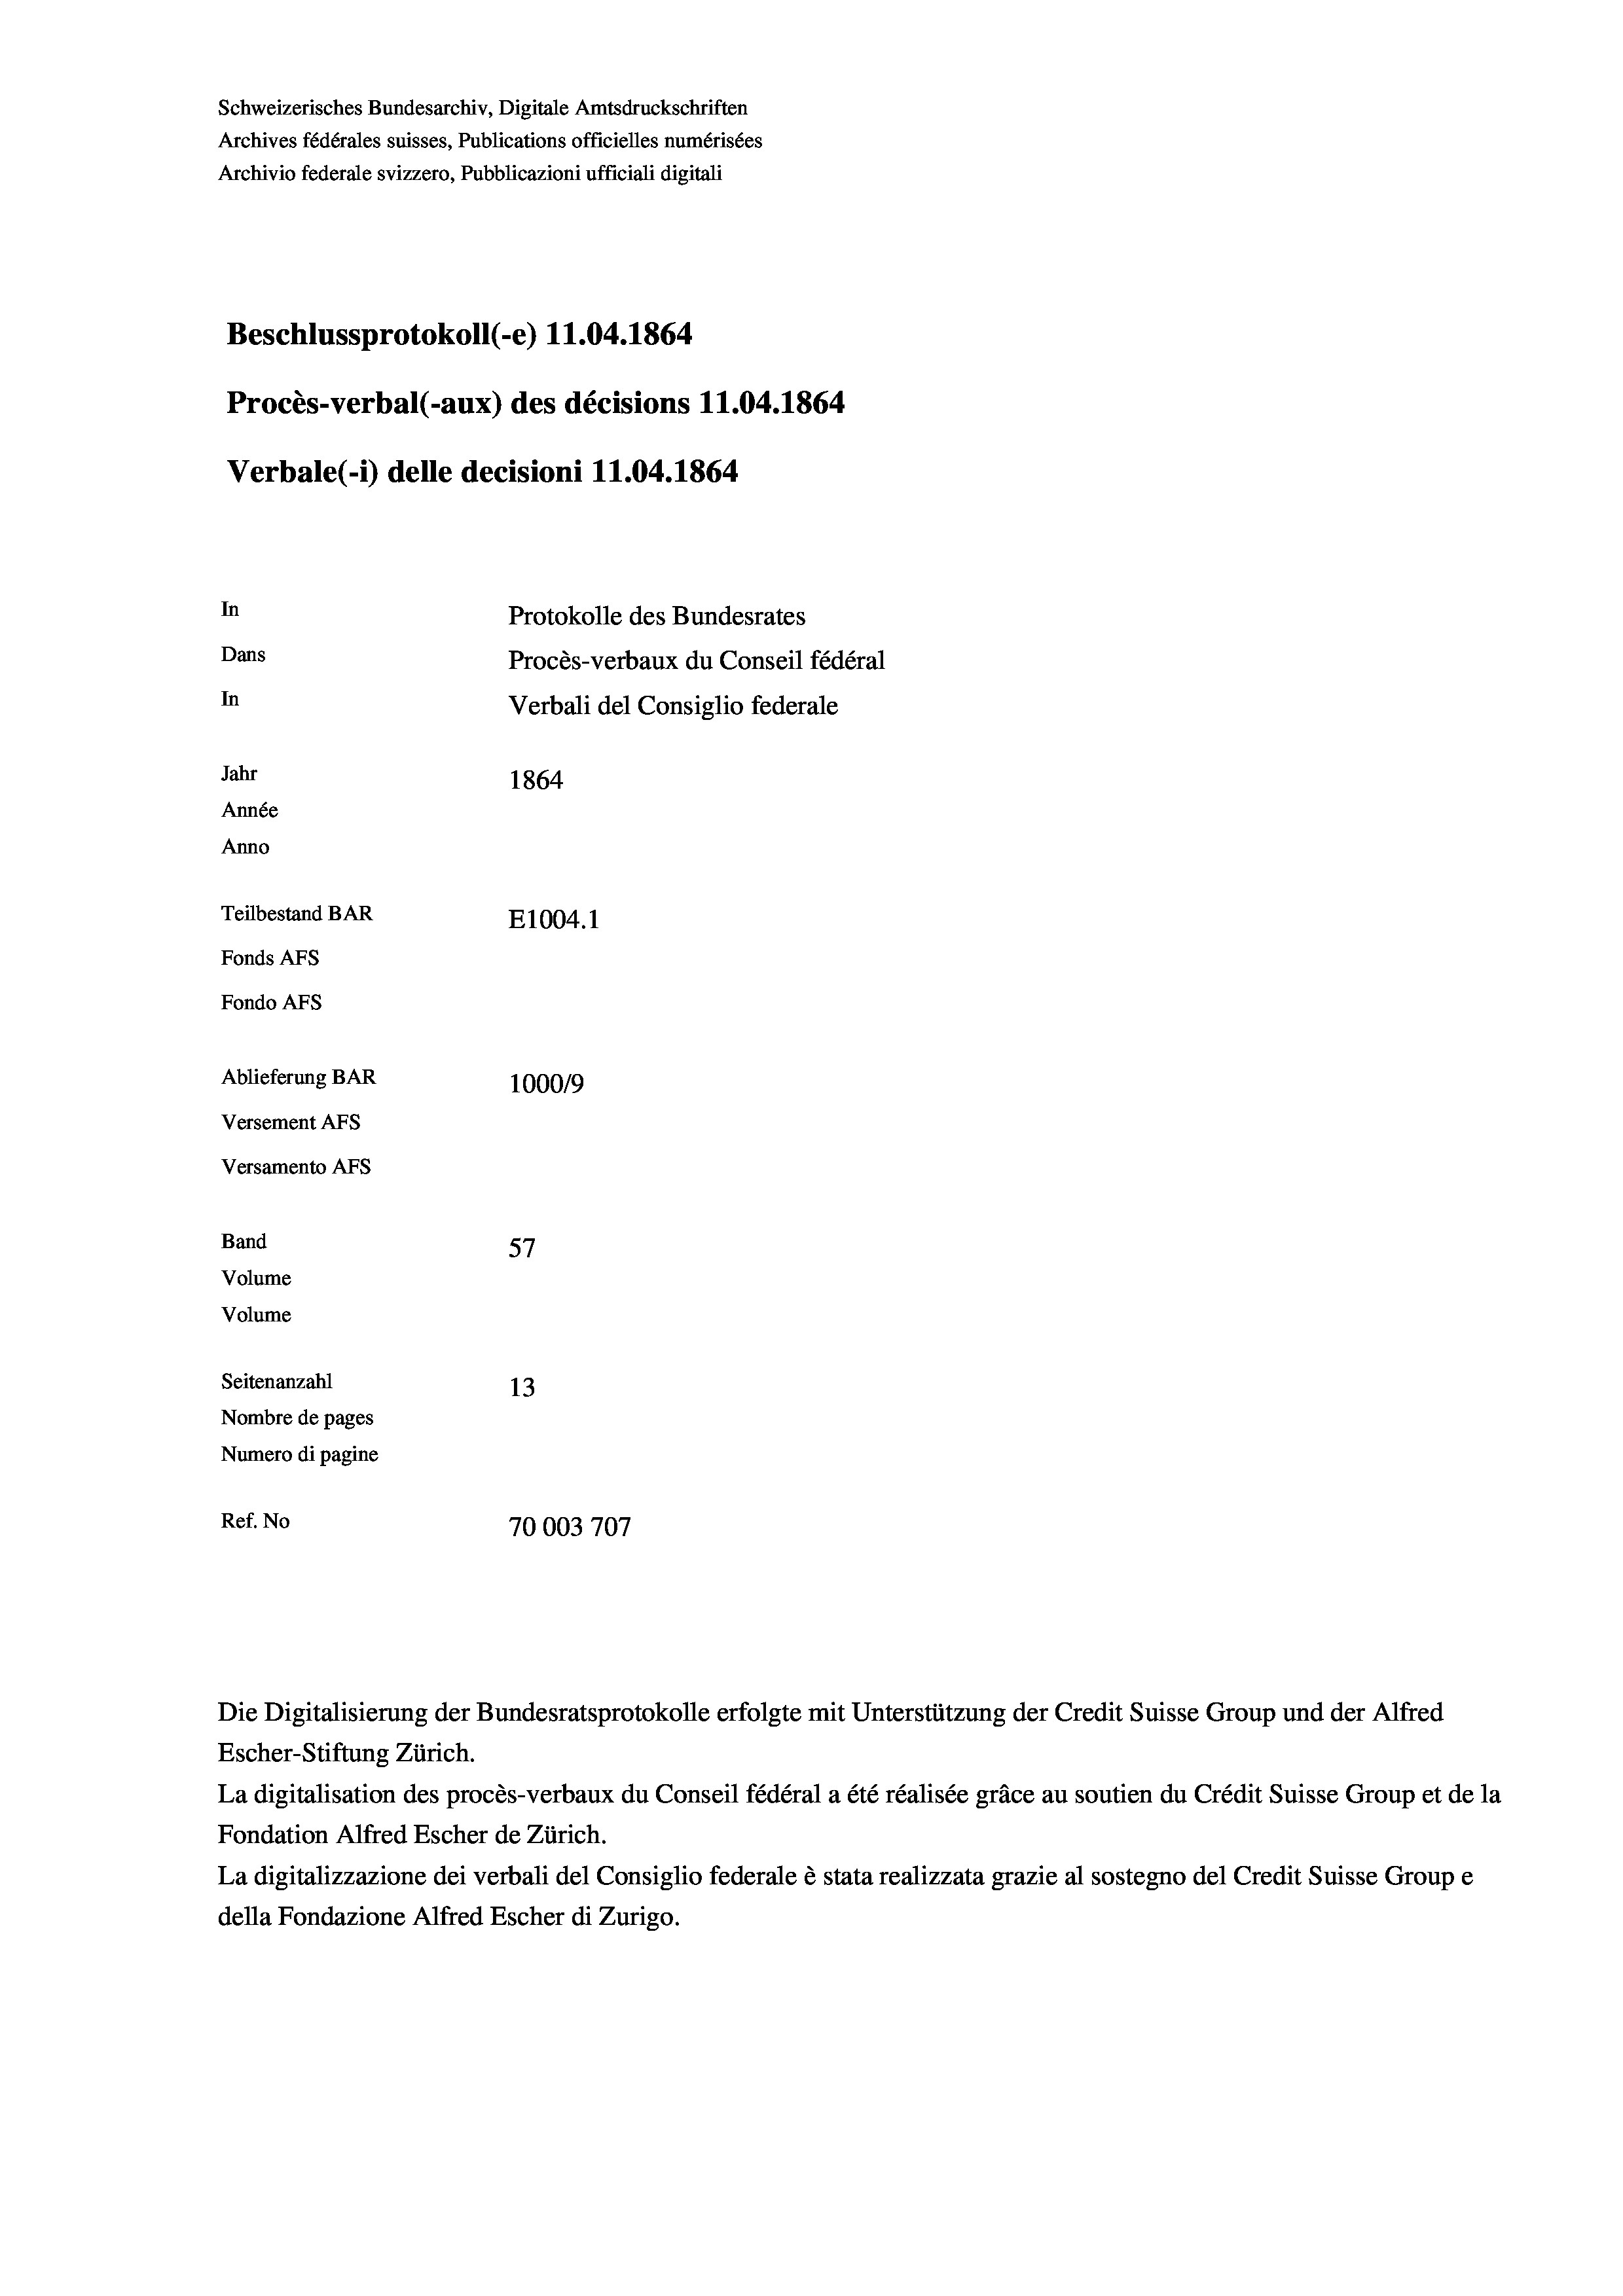
Schweizerisches Bundesarchiv, Digitale Amtsdruckschriften
Archives fédérales suisses, Publications officielles numérisées
Archivio federale svizzero, Pubblicazioni ufficiali digitali
Beschlussprotokoll (-e) 11.04. 1864
Procès-verbal (-aux) des décisions 11.04. 1864
Verbale (1) delle decisioni 11.04. 1864
In
Protokolle des Bundesrates
Dans
Procès-verbaux du Conseil fédéral
In
Verbali del Consiglio federale
Jahr
1864
Année
Anno
Teilbestand BAR
E1004. 1
Fonds AFs
Fondo AFs
Ablieferung BAR
100019
Versement Abs
Versamento Afs
f
Band
57
Volume
Volume
Seitenanzahl
13

Nombre de pages
Numero di pagine
Ref. No
70003707

Die Digitalisierung der Bundesratsprotokolle erfolgte mit Unterstützung der Credit Suisse Group und der Alfred
Escher-Stiftung Zürich.

La digitalisation des procès-verbaux du Conseil fédéral a été réalisée gräce au soutien du Crédit Suisse Group et de la
Fondation Alfred Escher de Zürich.
La digitalizzazione dei verbali del Consiglio federale è stata realizzata grazie al sostegno del Credit Suisse Groupe
della Fondazione Alfred Escher di Zurigo.